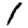
Digit: 1